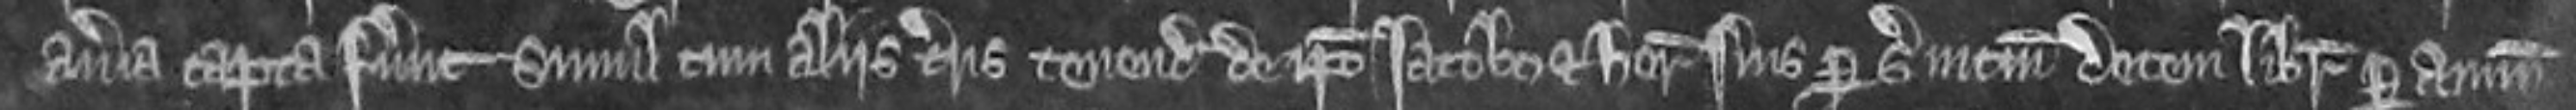
averia capta fuerunt simul cum aliis terris tenendis de ipso Jacobo et heredibus suis per servicium decem librarum per annum